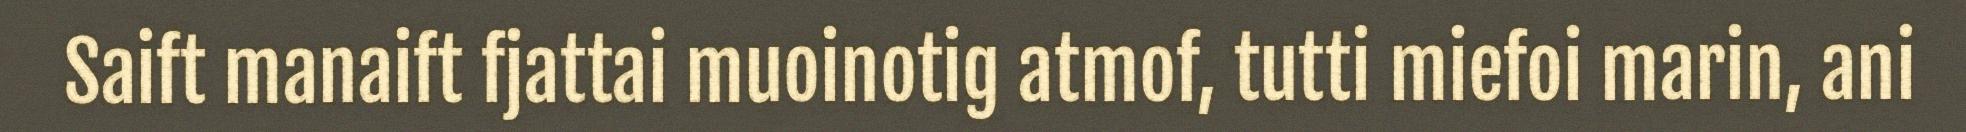
Saift manaift fjattai muoinotig atmof, tutti miefoi marin, ani